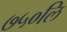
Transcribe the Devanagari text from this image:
७५०लि